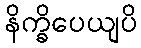
နိက္ခိပေယျပိ